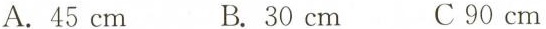
A. 45 cm B. 30 cm C 90 cm